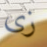
زى